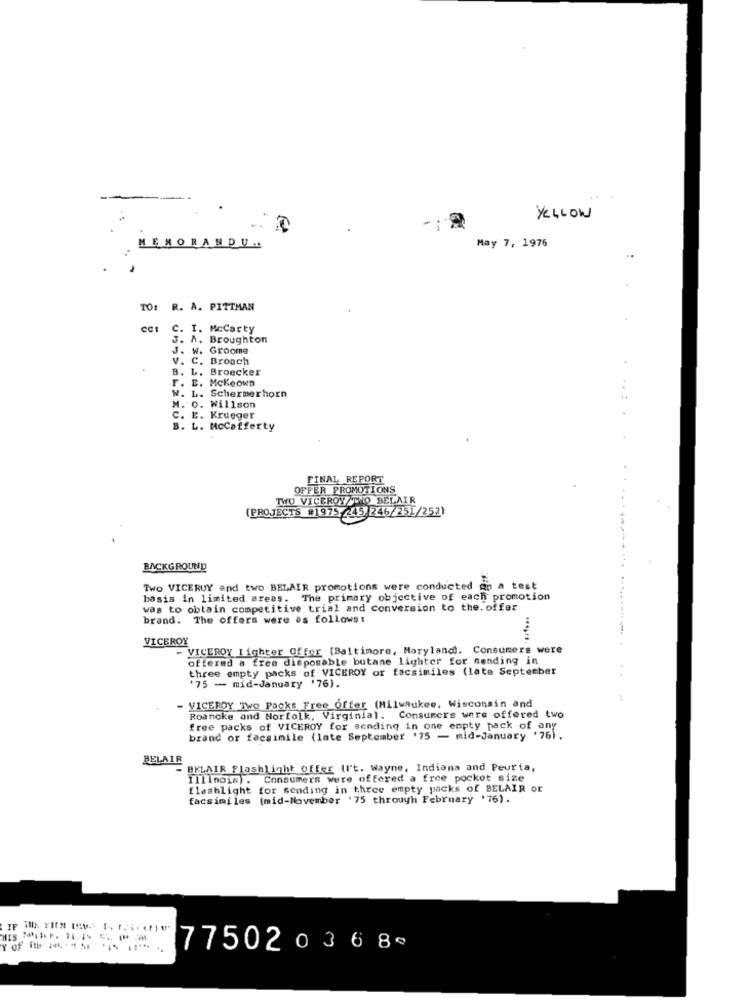
YELLOW
May 7, 1976
MEMORANDU.
TO: R. A. PITTMAN
CCt
C. I. Mccarty
3. A. Broughton
J. W. Grooma
V. C. Broach
B. L. Broecker
F. E. Mckeown
W. L. Schermerhorn
M. O. Willson
C. E. Krueger
B. L. Mccafferty
FINAL REPORT
OFFER PROMOTIONS
TWO VICEROY THO BELAIR
(PROJECTS #1975,45,246/251/252)
BACKGROUND
Two VICERUY and two BELAIR promotions were conducted on a test
basis in limited areas. The primary objective of each promotion
was to obtain competitive trial and Conversion to the. offer
brand. The offers were as follows :
VICEROY
- VICEROY Lighter Offor (Baltimore, Maryland). Consumers were
offered a free disposable butane lighter for sending in
three empty packs of VICEROY or facsimiles (late September
*75 - mid-January '76).
VICEROY Two Packs Free Offer (Milwaukee, Wisconsin and
Roanoke and Norfolk, Virginial. Consumers were offered two
free packs of VICEROY for sending in one enpty pack of any
brand or facsimile (lote September '75 - mid-January '76).
BELAIR
BKLAIR Flashlight offer (I't. Wayne, Indiana and Peuria,
Illinois). Consumers were offered a free pocket size
flashlight for sending in three empty packs of BELAIR or
facsimiles (mid-November '75 through February '76).
7750203685